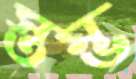
স্তম্ভ